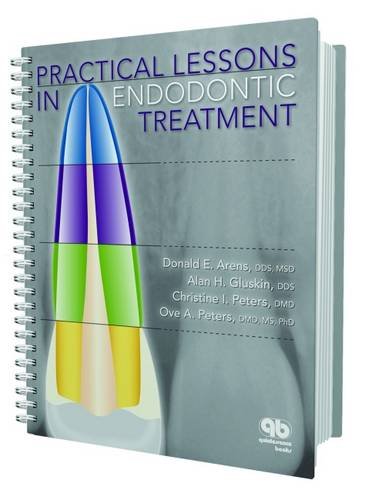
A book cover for Practical Lessons in Endodontic Treatment; Donald E. Arens; Medical Books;